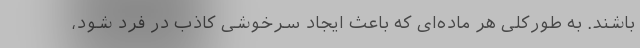
باشند. به طورکلی هر ماده‌ای که باعث ایجاد سرخوشی کاذب در فرد شود،